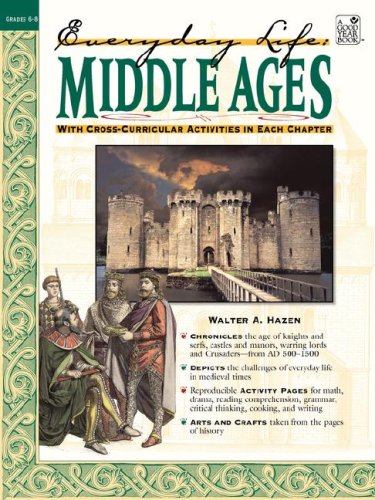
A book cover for Middle Ages: Everyday Life; Walter Hazen; Children's Books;